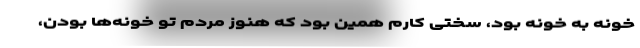
خونه به خونه بود، سختی کارم همین بود که هنوز مردم تو خونه‌ها بودن،